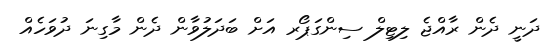
ދަނީ ދެން ރާއްޖެ ލިޓިލް ސިންގަޕޯރ އަށް ބަދަލުވާން ދެން މާގިނަ ދުވަހެއް